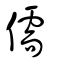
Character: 儒